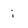
Character: i